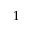
1